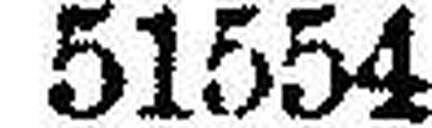
51554